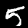
Label: 5